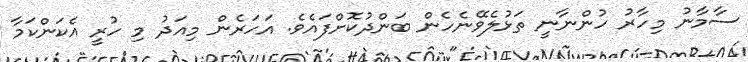
ސާމާނު މިހާރު ހުންނާނީ ތަޅުލެވޭނެހެން ބަންދުކޮށްފައެވެ. އަހަރެން މިއަދު މި ހުރީ އެކަންކަމާ